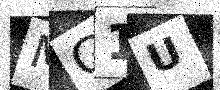
Text: MG1U